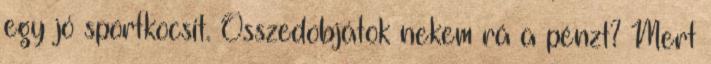
egy jó sportkocsit. Összedobjátok nekem rá a pénzt? Mert